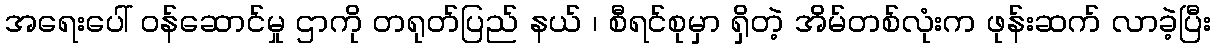
အရေးပေါ် ဝန်ဆောင်မှု ဌာကို တရုတ်ပြည် နယ် ၊ စီရင်စုမှာ ရှိတဲ့ အိမ်တစ်လုံးက ဖုန်းဆက် လာခဲ့ပြီး